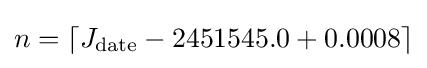
n=\lceil J_{\text{date}}-2451545.0+0.0008\rceil